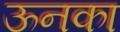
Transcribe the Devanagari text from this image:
ऊनका